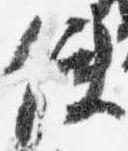
使